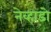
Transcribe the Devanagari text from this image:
नेव्हाडो